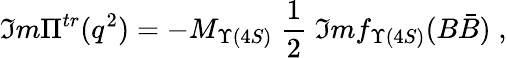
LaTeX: \Im m\Pi^{tr}(q^{2})=-M_{\Upsilon(4S)}\; \frac{1}{2}\; \Im mf_{\Upsilon(4S)}(B\bar{B})\; ,